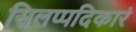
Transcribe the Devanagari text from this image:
सिलप्पदिकारं